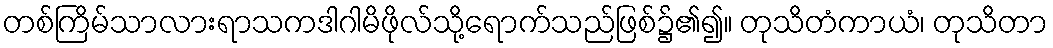
တစ်ကြိမ်သာလားရာသကဒါဂါမိဖိုလ်သို့ရောက်သည်ဖြစ်၌၏၍။ တုသိတံကာယံ၊ တုသိတာ